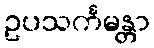
ဥပသင်္ကမန္တာ